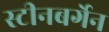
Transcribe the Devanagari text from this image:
स्टीनबर्गेन